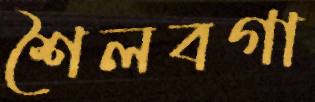
শৈলবগা